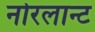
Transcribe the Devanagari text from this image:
नोरलान्ट